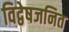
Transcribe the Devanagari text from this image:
विद्वेषजनित